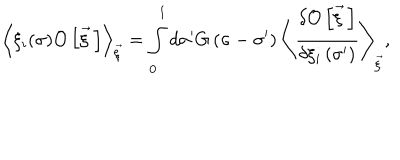
\left< \xi _ { i } ( \sigma ) { \cal O } \left[ \vec { \xi } { \, } \right] \right> _ { \vec { \xi } } = \int _ { 0 } ^ { 1 } d \sigma ^ { \prime } G \left( \sigma - \sigma ^ { \prime } \right) \left< \frac { \delta { \cal O } \left[ \vec { \xi } { \, } \right] } { \delta \xi _ { i } \left( \sigma ^ { \prime } \right) } \right> _ { \vec { \xi } } ,